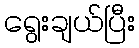
ရွေးချယ်ပြီး